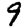
Digit: 9